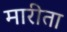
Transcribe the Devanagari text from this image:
मारीता